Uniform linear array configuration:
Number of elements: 4
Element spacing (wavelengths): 1
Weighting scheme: hamming
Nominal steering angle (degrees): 30
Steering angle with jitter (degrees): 31.917
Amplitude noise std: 0.05
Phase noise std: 0.05

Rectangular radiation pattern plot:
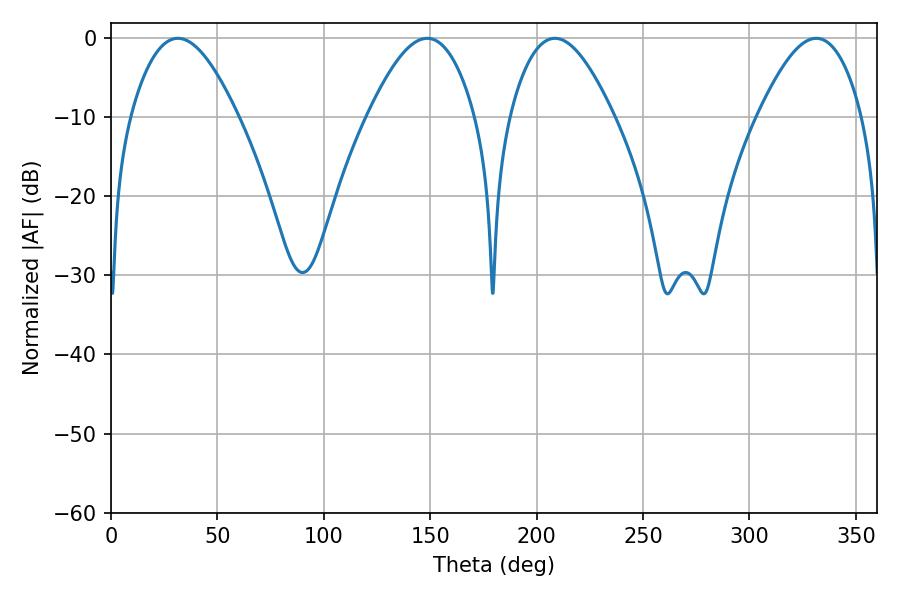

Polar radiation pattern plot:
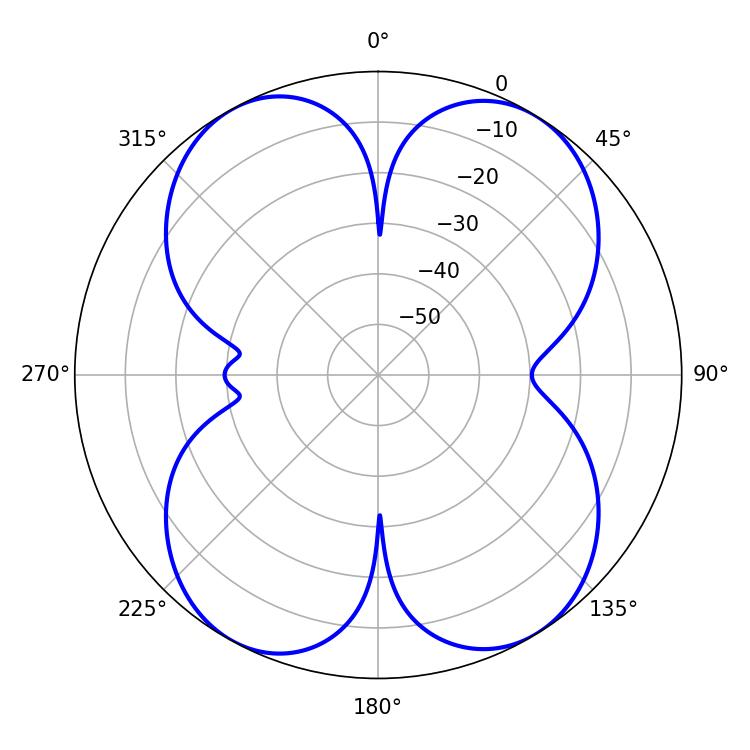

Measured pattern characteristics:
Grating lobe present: TRUE
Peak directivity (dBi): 15.57
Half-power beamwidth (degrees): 26.46
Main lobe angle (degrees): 208.62